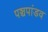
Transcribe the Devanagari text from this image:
पञ्चपांडव